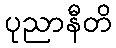
ပုညာနီတိ